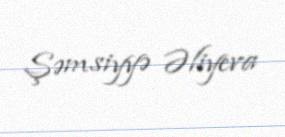
Şəmsiyyə Əliyeva